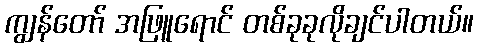
ကျွန်တော် အဖြူရောင် တစ်ခုခုလိုချင်ပါတယ်။